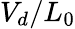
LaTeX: V_{d}/L_{0}